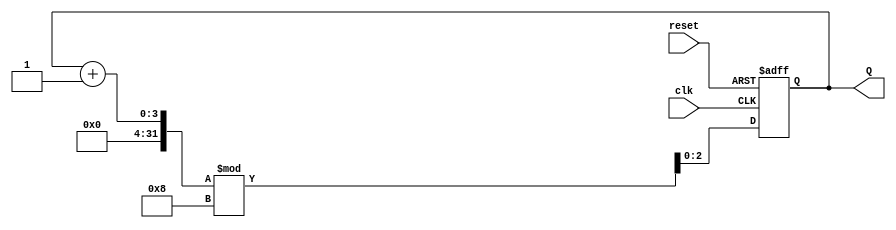
module binary_counter #(
    parameter N = 3  // Parameter for the number of bits in the counter
)(
    input wire clk,       // Clock input
    input wire reset,     // Asynchronous reset input
    output reg [N-1:0] Q  // Counter output
);

    // Always block triggered on the clock edge
    always @(posedge clk or posedge reset) begin
        if (reset) begin
            Q <= 0;  // Reset the counter to 0
        end else begin
            Q <= (Q + 1) % (1 << N);  // Increment the counter and wrap around
        end
    end

endmodule